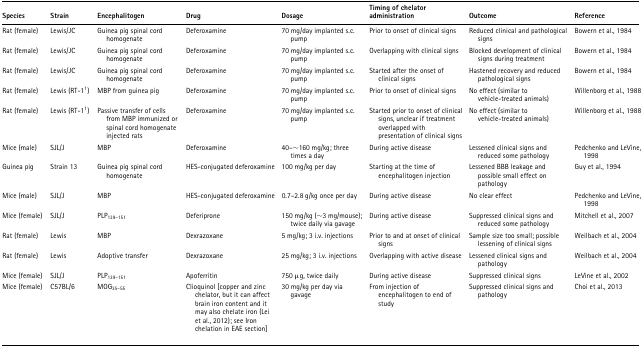
<table><thead><tr><td><b>Species</b></td><td><b>Strain</b></td><td><b>Encephalitogen</b></td><td><b>Drug</b></td><td><b>Dosage</b></td><td><b>Timing of chelator administration</b></td><td><b>Outcome</b></td><td><b>Reference</b></td></tr></thead><tbody><tr><td>Rat (female)</td><td>Lewis/JC</td><td>Guinea pig spinal cord homogenate</td><td>Deferoxamine</td><td>70 mg/day implanted s.c. pump</td><td>Prior to onset of clinical signs</td><td>Reduced clinical and pathological signs</td><td>Bowern et al., 1984</td></tr><tr><td>Rat (female)</td><td>Lewis/JC</td><td>Guinea pig spinal cord homogenate</td><td>Deferoxamine</td><td>70 mg/day implanted s.c. pump</td><td>Overlapping with clinical signs</td><td>Blocked development of clinical signs during treatment</td><td>Bowern et al., 1984</td></tr><tr><td>Rat (female)</td><td>Lewis/JC</td><td>Guinea pig spinal cord homogenate</td><td>Deferoxamine</td><td>70 mg/day implanted s.c. pump</td><td>Started after the onset of clinical signs</td><td>Hastened recovery and reduced pathological signs</td><td>Bowern et al., 1984</td></tr><tr><td>Rat (female)</td><td>Lewis (RT-1<sup>1</sup>)</td><td>MBP from guinea pig</td><td>Deferoxamine</td><td>70 mg/day implanted s.c. pump</td><td>Prior to onset of clinical signs</td><td>No effect (similar to vehicle-treated animals)</td><td>Willenborg et al., 1988</td></tr><tr><td>Rat (female)</td><td>Lewis (RT-1<sup>1</sup>)</td><td>Passive transfer of cells from MBP immunized or spinal cord homogenate injected rats</td><td>Deferoxamine</td><td>70 mg/day implanted s.c. pump</td><td>Started prior to onset of clinical signs, unclear if treatment overlapped with presentation of clinical signs</td><td>No effect (similar to vehicle-treated animals)</td><td>Willenborg et al., 1988</td></tr><tr><td>Mice (male)</td><td>SJL/J</td><td>MBP</td><td>Deferoxamine</td><td>40–~160 mg/kg; three times a day</td><td>During active disease</td><td>Lessened clinical signs and reduced some pathology</td><td>Pedchenko and LeVine, 1998</td></tr><tr><td>Guinea pig</td><td>Strain 13</td><td>Guinea pig spinal cord homogenate</td><td>HES-conjugated deferoxamine</td><td>100 mg/kg per day</td><td>Starting at the time of encephalitogen injection</td><td>Lessened BBB leakage and possible small effect on pathology</td><td>Guy et al., 1994</td></tr><tr><td>Mice (male)</td><td>SJL/J</td><td>MBP</td><td>HES-conjugated deferoxamine</td><td>0.7–2.8 g/kg once per day</td><td>During active disease</td><td>No clear effect</td><td>Pedchenko and LeVine, 1998</td></tr><tr><td>Mice (female)</td><td>SJL/J</td><td>PLP<sub>139–151</sub></td><td>Deferiprone</td><td>150 mg/kg (~3 mg/mouse); twice daily via gavage</td><td>During active disease</td><td>Suppressed clinical signs and reduced some pathology</td><td>Mitchell et al., 2007</td></tr><tr><td>Rat (female)</td><td>Lewis</td><td>MBP</td><td>Dexrazoxane</td><td>5 mg/kg; 3 i.v. injections</td><td>Prior to and at onset of clinical signs</td><td>Sample size too small; possible lessening of clinical signs</td><td>Weilbach et al., 2004</td></tr><tr><td>Rat (female)</td><td>Lewis</td><td>Adoptive transfer</td><td>Dexrazoxane</td><td>25 mg/kg; 3 i.v. injections</td><td>Overlapping with active disease</td><td>Lessened clinical signs and pathology</td><td>Weilbach et al., 2004</td></tr><tr><td>Mice (female)</td><td>SJL/J</td><td>PLP<sub>139–151</sub></td><td>Apoferritin</td><td>750 μg, twice daily</td><td>During active disease</td><td>Suppressed clinical signs</td><td>LeVine et al., 2002</td></tr><tr><td>Mice (female)</td><td>C57BL/6</td><td>MOG<sub>35–55</sub></td><td>Clioquinol [copper and zinc chelator, but it can affect brain iron content and it may also chelate iron (Lei et al., 2012); see Iron chelation in EAE section]</td><td>30 mg/kg per day via gavage</td><td>From injection of encephalitogen to end of study</td><td>Suppressed clinical signs and pathology</td><td>Choi et al., 2013</td></tr></tbody></table>